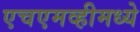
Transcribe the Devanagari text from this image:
एचएमव्हीमध्ये